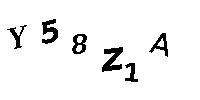
Y58Z1A